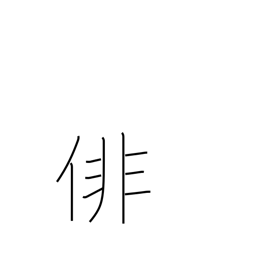
Meaning: haiku